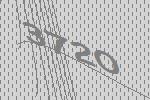
3720